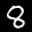
Label: 8